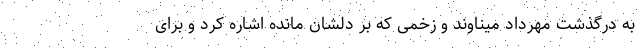
به درگذشت مهرداد میناوند و زخمی که بر دلشان مانده اشاره کرد و برای